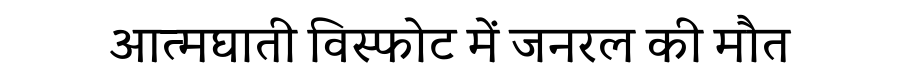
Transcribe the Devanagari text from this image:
आत्मघाती विस्फोट में जनरल की मौत